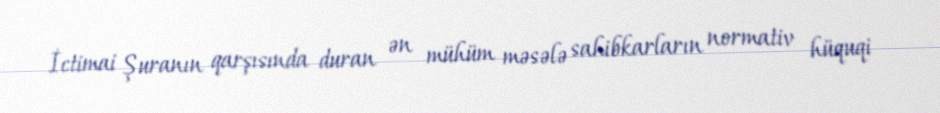
İctimai Şuranın qarşısında duran ən mühüm məsələ sahibkarların normativ hüquqi